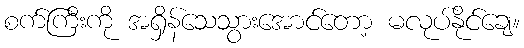
စက်ကြီးကို အရှိန်သေသွားအောင်တော့ မလုပ်နိုင်ချေ။